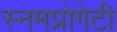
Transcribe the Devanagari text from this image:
स्नमप्रोगेटी